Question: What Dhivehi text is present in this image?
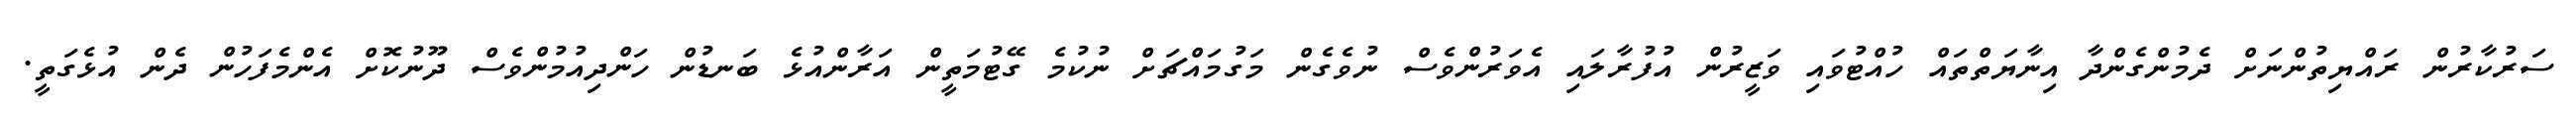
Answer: ސަރުކާރުން ރައްޔިތުންނަށް ދެމުންގެންދާ އިނާޔަތްތައް ހުއްޓުވައި ވަޒީރުން އުފުރާލައި އެވަރުންވެސް ނުވެގެން މަގުމައްޗަށް ނުކުމެ ގޭޓުމަތީން އަރާންއުޅެ ބަނޑުން ހަންދިއުމުންވެސް ދޫނުކޮށް އެންމެފަހުން ދެން އުޅެގަތީ.